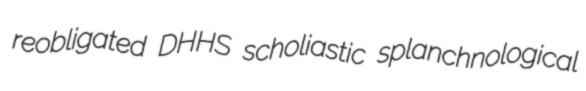
reobligated DHHS scholiastic splanchnological